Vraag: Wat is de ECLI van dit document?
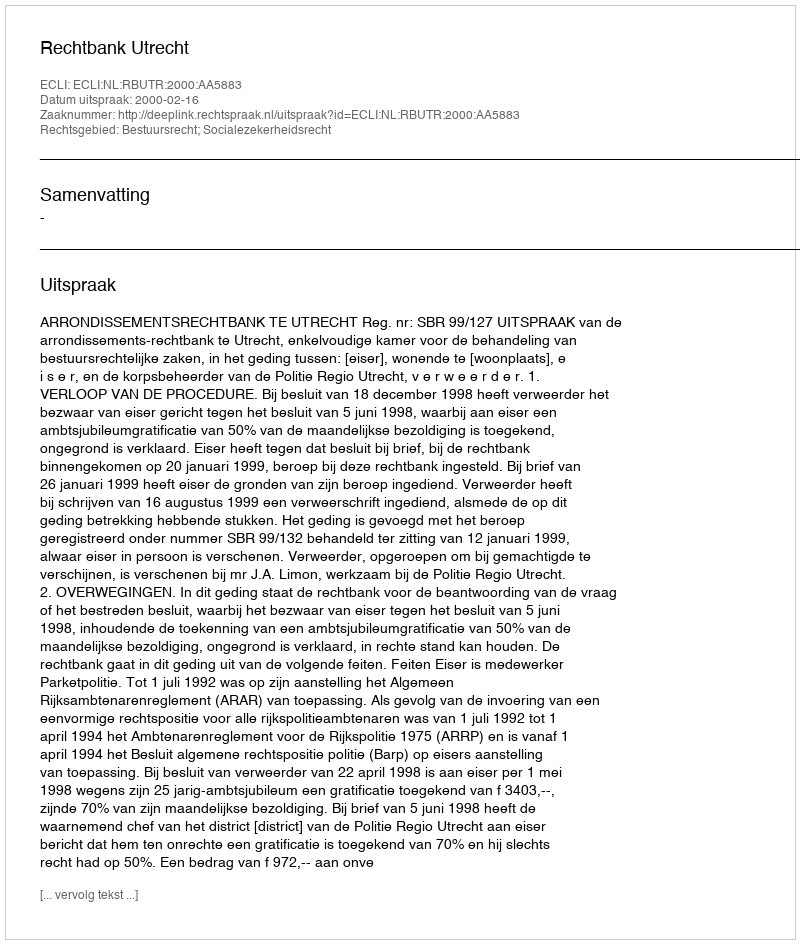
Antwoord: ECLI:NL:RBUTR:2000:AA5883